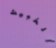
الخبيث